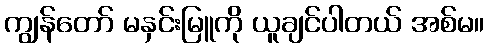
ကျွန်တော် မနှင်းမြူကို ယူချင်ပါတယ် အစ်မ။